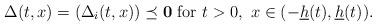
LaTeX: \begin{align*}\Delta(t,x)=(\Delta_i(t,x))\preceq {\bf 0} \mbox{ for } t>0,\ x\in (-\underline h(t),\underline h(t)).\end{align*}